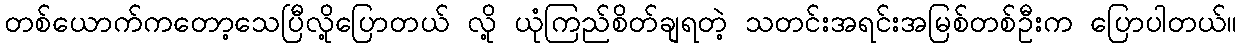
တစ်ယောက်ကတော့သေပြီလို့ပြောတယ် လို့ ယုံကြည်စိတ်ချရတဲ့ သတင်းအရင်းအမြစ်တစ်ဦးက ပြောပါတယ်။